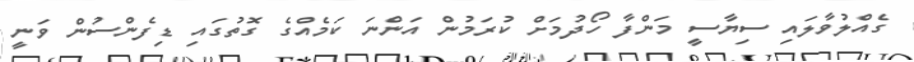
ގެއްލުވާލައި ސިޔާސީ މަންފާ ހޯދުމަށް ކުރަމުން އަންނަ ކަމެއްގެ ގޮތުގައި ޑިފެންސުން ވަނީ